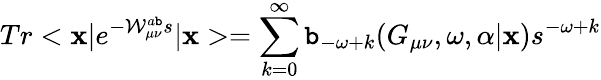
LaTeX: Tr<\mathbf{x}|e^{-{\cal{W}}_{\mu\nu}^{a\mathtt{b}}s}|\mathbf{x}>=\sum_{k=0}^{\infty}\mathtt{b}_{-\omega+k}(G_{\mu\nu},\omega,\alpha|\mathbf{x})s^{-\omega+k}